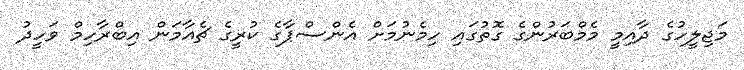
މަޖިލީހުގެ ދާއިމީ މެމްބަރުންގެ ގޮތުގައި ހިމެނުމަށް އެންސްޕާގެ ކުރީގެ ޗެއާމަން އިބްރާހިމް ވަހީދު